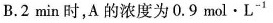
B.2 min时，A的浓度为0.9 \mathrm{~mol} \cdot \mathrm{L}^{-1}